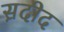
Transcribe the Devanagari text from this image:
स़दीद